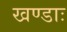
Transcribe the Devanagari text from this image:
खण्डाः